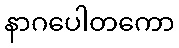
နာဂပေါတကော